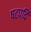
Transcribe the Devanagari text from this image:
षटपदि